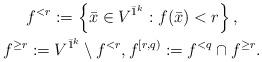
LaTeX: \begin{gather*} f^{<r} := \left\{ \bar{x} \in V^{\bar{1}^{k}} : f(\bar{x}) < r \right\},\\ f^{\geq r} := V^{\bar{1}^{k} } \setminus f^{<r}, f^{[r,q)} := f^{<q} \cap f^{\geq r}. \end{gather*}